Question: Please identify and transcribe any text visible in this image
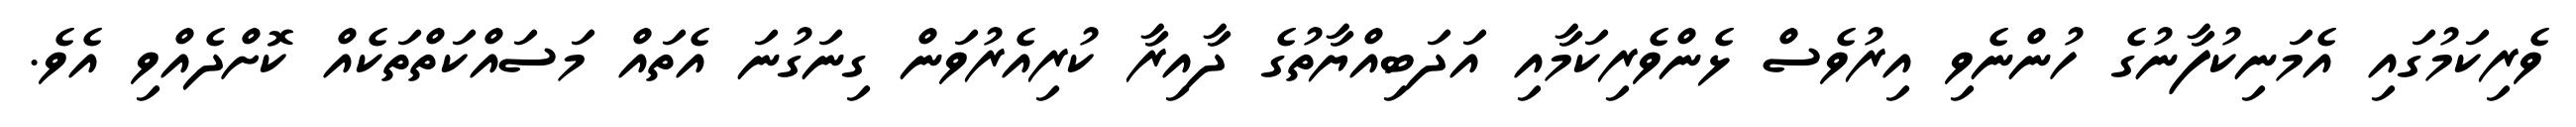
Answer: ވެރިކަމުގައި އެމަނިކުފާނުގެ ހުންނެވި އިރުވެސް ޅެންވެރިކަމާއި އަދަބިއްޔާތުގެ ދާއިރާ ކުރިއެރުވަން ގިނަގުނަ އެތައް މަސައްކަތްތަކެއް ކޮށްދެއްވި އެވެ.